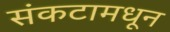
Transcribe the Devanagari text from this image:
संकटामधून